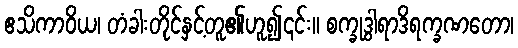
ဧသိကာဝိယ၊ တံခါးတိုင်နှင့်တူ၏ဟူ၍၎င်း။ စက္ခုဒွါရာဒိရက္ခဏတော၊